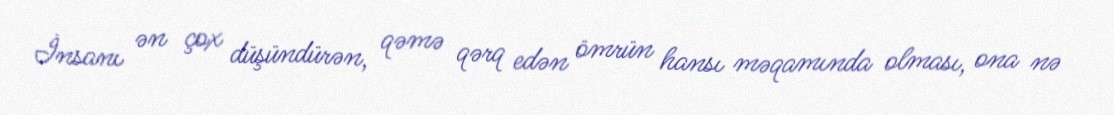
İnsanı ən çox düşündürən, qəmə qərq edən ömrün hansı məqamında olması, ona nə